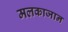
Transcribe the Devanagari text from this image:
मलकाजान